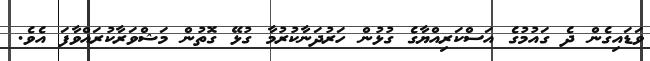
ވަޑައިގެން ދެ ގައުމުގެ އަސްކަރިއްޔާގެ ގުޅުން ހަރުދަނާކުރުމާ ގުޅޭ ގޮތުން މަޝްވަރާކުރައްވާފަ އެވެ.